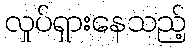
လှုပ်ရှားနေသည့်